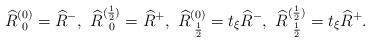
LaTeX: \begin{align*} \widehat{R}^{(0)}_{\;\,0} = \widehat{R}^{-},\,\, \widehat{R}^{(\frac{1}{2})}_{\;\;0}= \widehat{R}^{+},\,\, \widehat{R}^{(0)}_{\,\,\frac{1}{2}}= t_{\xi} \widehat{R}^{-},\,\, \widehat{R}^{(\frac{1}{2})}_{\;\,\frac{1}{2}}=t_{\xi} \widehat{R}^{+}.\end{align*}